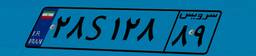
۲۸S۱۲۸۸۹